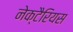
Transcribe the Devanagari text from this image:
नेक्टैरियस